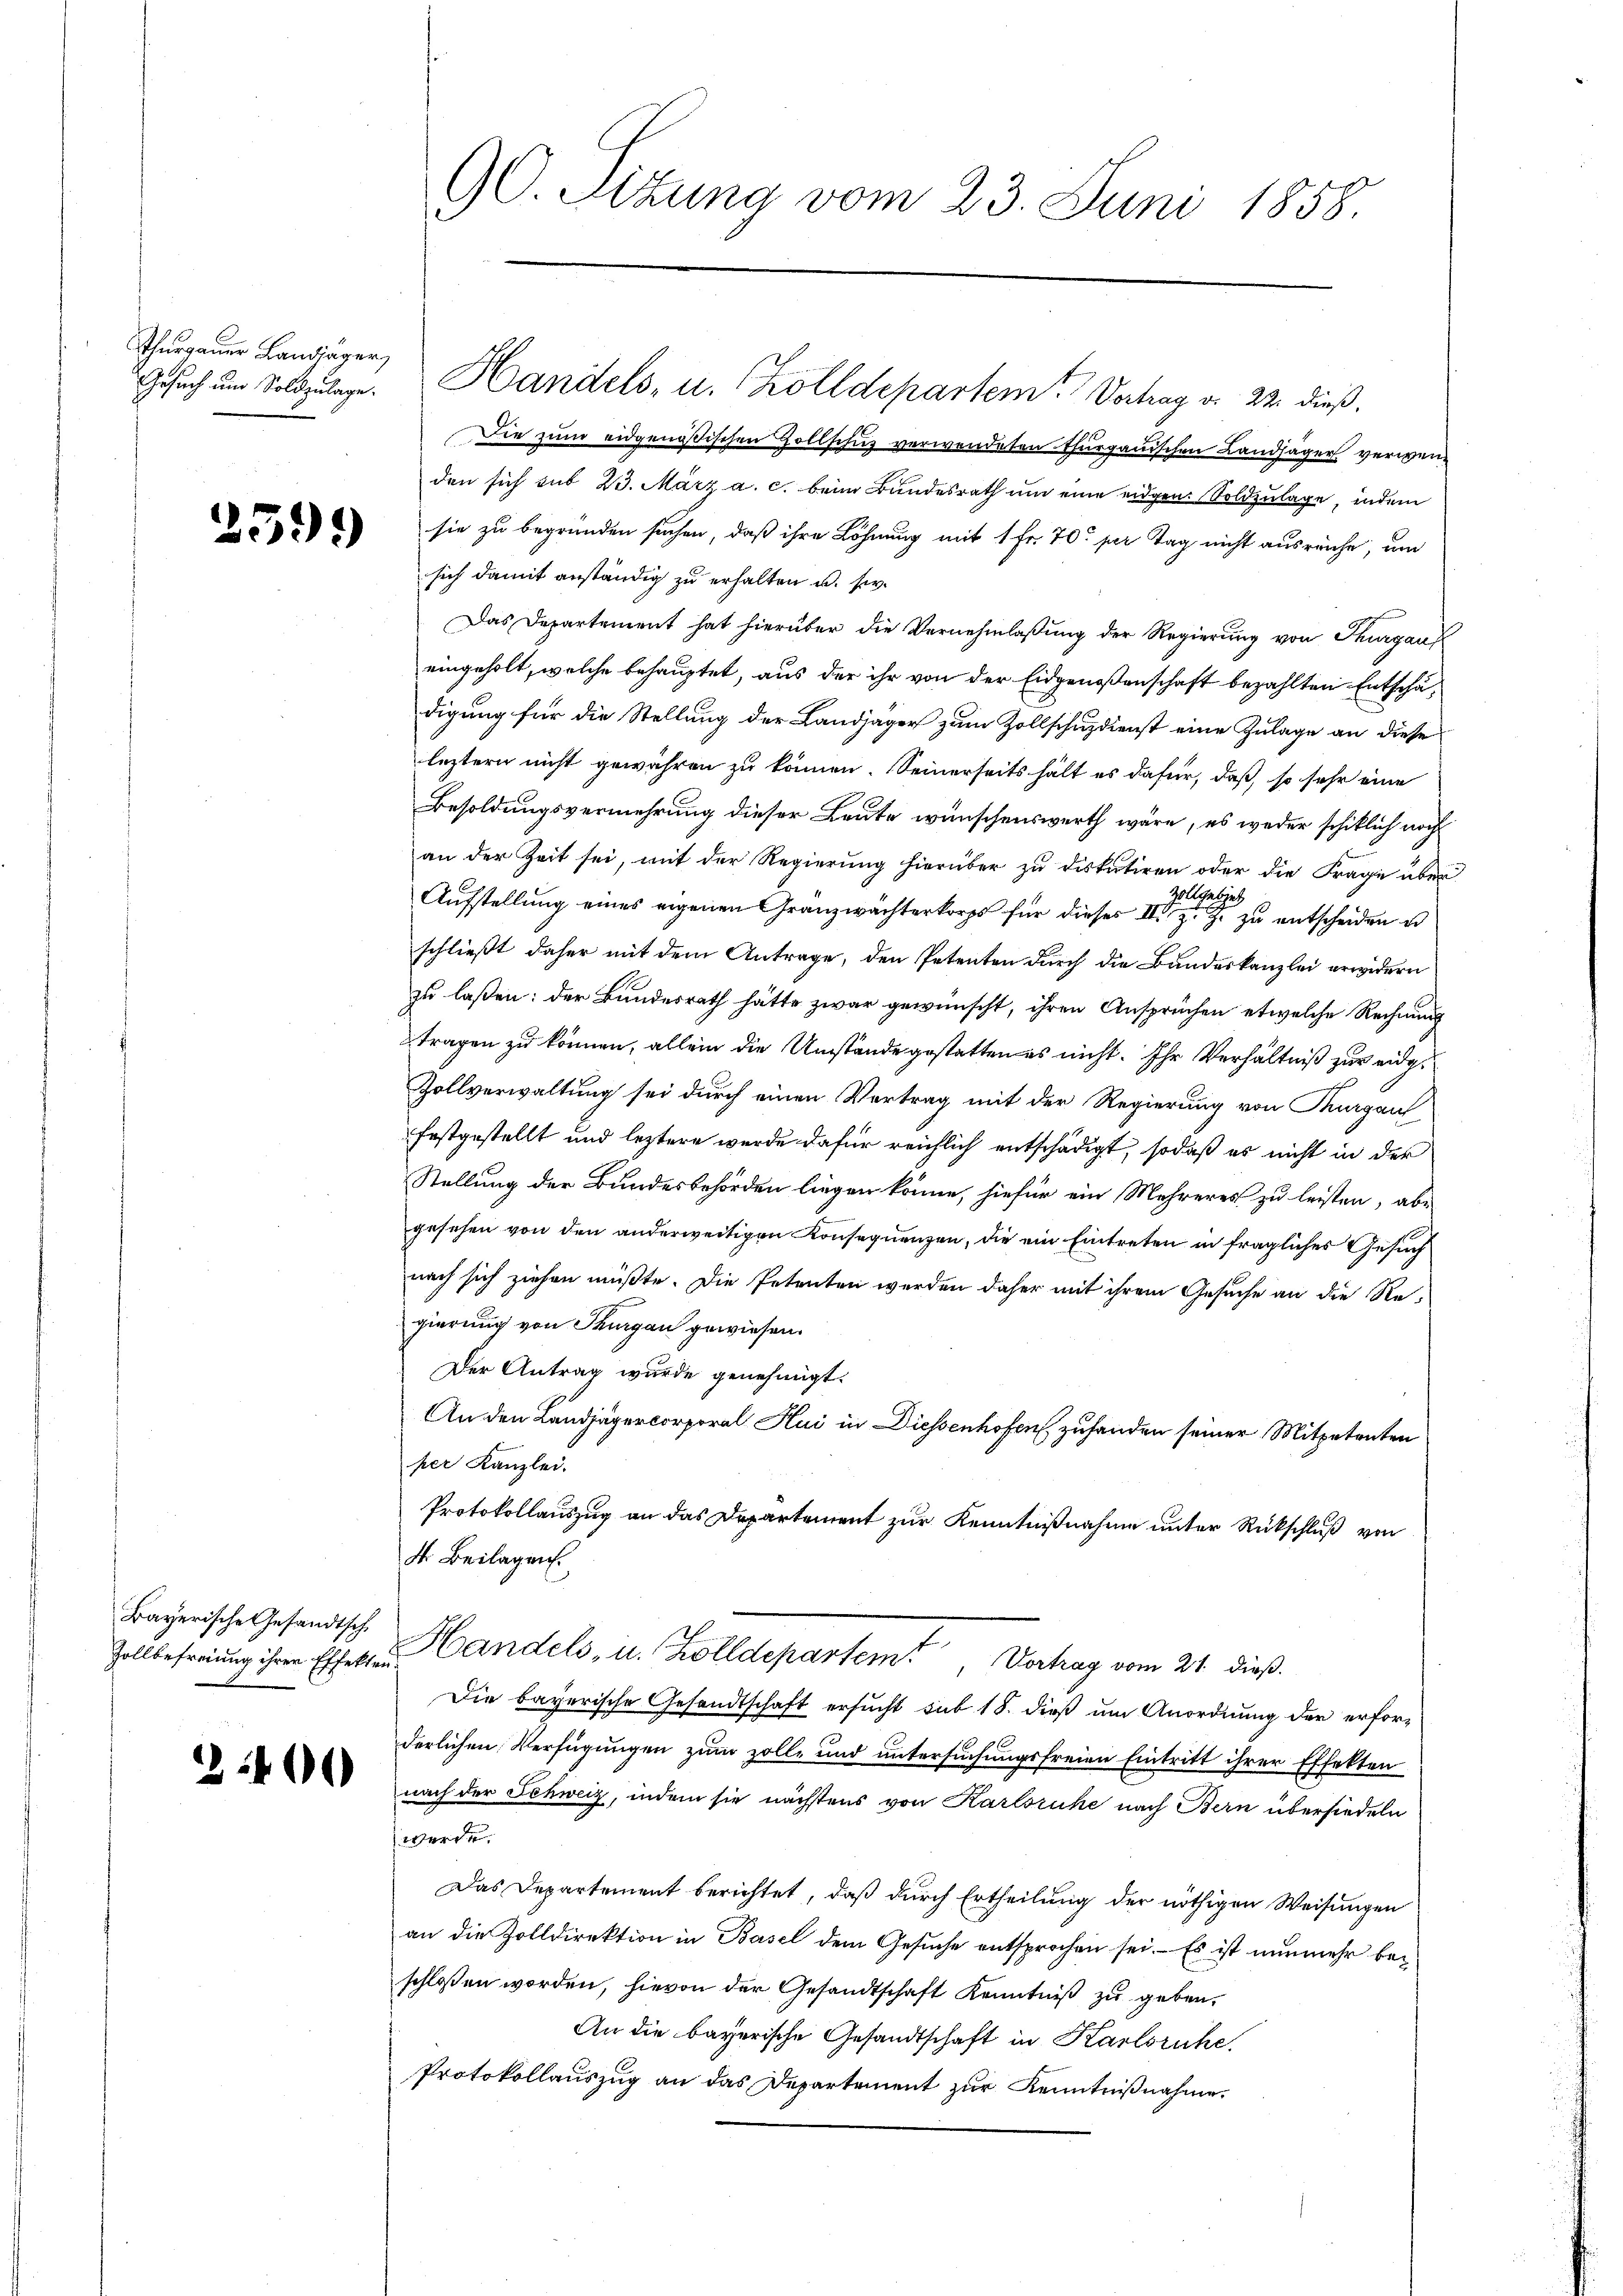
Thurgauer Landläger,

Bayerische Gesandtsch

200

C. Sitzung vom 23. Juni 1858.

Gesuch und Soldzulage. Handels- u. Zolldepartem Vertrag v. 22. dieß.

Die zum eidgenößischen Hollschuz verwendeten Thurgauischen Landjäger verwenden sich sub 23. März a. c. beim Bundesrath um eine eidgen. Soldzulage, indem
2) sie zu begründen suchen, daß ihre Löhnung mit 1 Fr. 70. per Tag nicht ausreiche, um
sich damit anständig zu erhalten u. s.
Das Departement hat hierüber die Vernehmlassung der Regierung von Thurgaus
eingeholt, welche behauptet, aus der ihr von der Eidgenoßenschaft bezahlten Entschädigung für die Stellung der Landjäger zum Zollschuzdienst eine Zulage an diese
leztern nicht gewähren zu können. Seinerseits hält es dafür, daß, so sehr eine
Besoldungsvermehrung dieser Leute wünschenswerth wäre, es weder schiklich noch
an der Zeit sei, mit der Regierung hierüber zu diskutiren oder die Frage über
Aufstellung eines eigenen Gränzwächterkorps für dieses der zu entscheiden u
schließt daher mit dem Antrage, den Petenten durch die Bandeskanzlei erwidern
zu laßen: der Bundesrath hätte zwar gewünscht, ihren Ansprüchen etwelche Rechnung
tragen zu können, allein die Umstände gestatten es nicht. Ihr Verhältniß zur eidg¬
Zollverwaltung sei durch einen Vertrag mit der Regierung von Thurgau
festgestellt und leztere wurde dafür reichlich entschädigt, sodaß es nicht in der
Stellung der Bundesbehörden liegen könne, hiefür ein Mehreres zu leisten, abe
gesehen von den anderweitigen Konsequenzen, die ein Eintreten in fragliches Gesuch
nach sich ziehen müßte. Die Petenten werden daher mit ihrem Gesuche an die Regierung von Thurgau gewiesen.
Der Antrag wurde genehmigt.
An den Landjägercorporal Hui in Diessenhofen, zuhanden seiner Mitpetenten
per Kanzlei.
Protokollauszug an das Departement zur Kenntnißnahme unter Rückschluß von
d. Beilagen.
Zollbefreiung ihrer Effekten Candels- u. Zolldepartem Vortrag vom 21. dieß.
Die bayerische Gesandtschaft ersucht sub 18. dieß um Anordnung der erforderlichen Verfügungen zum solle und untersuchungsfreien Eintritt ihrer Effekten
nach der Schweiz, indem sie nächstens von Karlsruhe nach Bern übersiedeln
 werde.
Das Departement berichtet, daß durch Ertheilung der nöthigen Weisungen
an die Zolldirektion in Basel dem Gesuche entsprochen sei. Es ist nunmehr beschlossen worden, hievon der Gesandtschaft Kenntniß zu geben.
An die bayerische Gesandtschaft in Karlsruhe.
Protokollauszug an das Departement zur Kenntnißnahme.